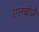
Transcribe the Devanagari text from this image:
एलबीजे